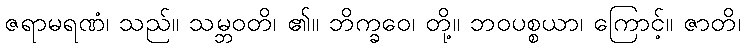
ဇရာမရဏံ၊ သည်။ သမ္ဘဝတိ၊ ၏။ ဘိက္ခဝေ၊ တို့။ ဘဝပစ္စယာ၊ ကြောင့်။ ဇာတိ၊